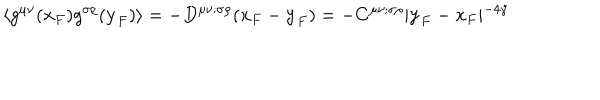
LaTeX: \langle g ^ { \mu \nu } ( { \bf x } _ { F } ) g ^ { \sigma \rho } ( { \bf y } _ { F } ) \rangle = - D ^ { \mu \nu ; \sigma \rho } ( { \bf x } _ { F } - { \bf y } _ { F } ) = - C ^ { \mu \nu ; \sigma \rho } \vert { \bf y } _ { F } - { \bf x } _ { F } \vert ^ { - 4 \gamma }